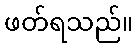
ဖတ်ရသည်။